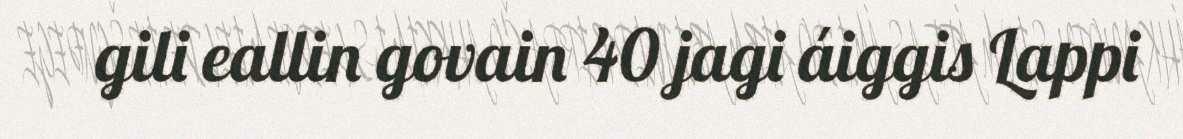
gili eallin govain 40 jagi áiggis Lappi